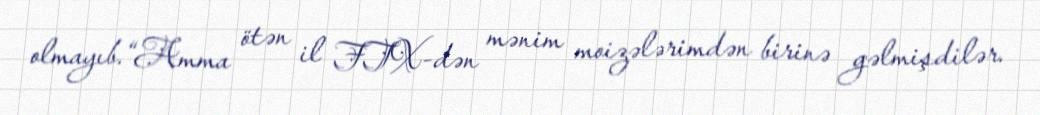
olmayıb.“Amma ötən il FTX-dən mənim moizələrimdən birinə gəlmişdilər.